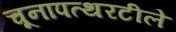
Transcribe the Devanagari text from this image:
चूनापत्थरटीले